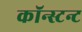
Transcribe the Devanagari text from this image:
कॉन्स्टन्ट